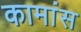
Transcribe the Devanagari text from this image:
कामांस